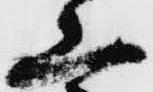
山